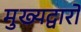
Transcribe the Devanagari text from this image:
मुख्यद्वारों